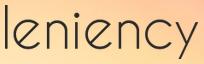
leniency